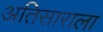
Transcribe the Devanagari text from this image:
अतिसाराला